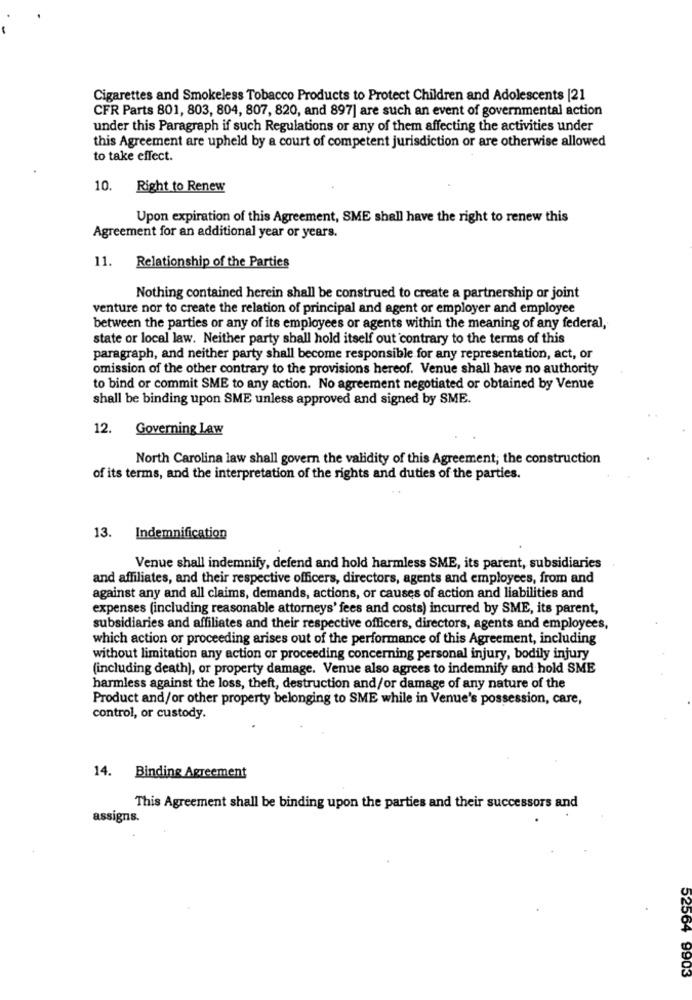
Cigarettes and Smokeless Tobacco Products to Protect Children and Adolescents [21
CFR Parts 801, 803, 804, 807, 820, and 897] are such an event of governmental action
under this Paragraph if such Regulations or any of them affecting the activities under
this Agreement are upheld by a court of competent jurisdiction or are otherwise allowed
to take effect.
10.
Right to Renew
Upon expiration of this Agreement, SME shall have the right to renew this
Agreement for an additional year or years.
11.
Relationship of the Parties
Nothing contained herein shall be construed to create a partnership or joint
venture nor to create the relation of principal and agent or employer and employee
between the parties or any of its employees or agents within the meaning of any federal,
state or local law. Neither party shall hold itself out contrary to the terms of this
paragraph, and neither party shall become responsible for any representation, act, or
omission of the other contrary to the provisions hereof. Venue shall have no authority
to bind or commit SME to any action. No agreement negotiated or obtained by Venue
shall be binding upon SME unless approved and signed by SME.
12.
Governing Law
North Carolina law shall govern the validity of this Agreement; the construction
of its terms, and the interpretation of the rights and duties of the parties.
13. Indemnification
Venue shall indemnify, defend and hold harmless SME, its parent, subsidiaries
and affiliates, and their respective officers, directors, agents and employees, from and
against any and all claims, demands, actions, or causes of action and liabilities and
expenses (including reasonable attorneys' fees and costs) incurred by SME, its parent,
subsidiaries and affiliates and their respective officers, directors, agents and employees,
which action or proceeding arises out of the performance of this Agreement, including
without limitation any action or proceeding concerning personal injury, bodily injury
(including death), or property damage. Venue also agrees to indemnify and hold SME
harmless against the loss, theft, destruction and/or damage of any nature of the
Product and/or other property belonging to SME while in Venue's possession, care,
control, or custody.
14. Binding Agreement
This Agreement shall be binding upon the parties and their successors and
assigns.
52564 9903